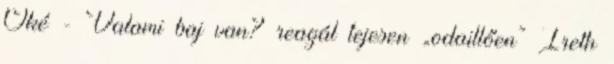
Oké - Valami baj van? reagál tejesen „odaillően” Ireth